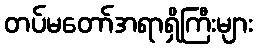
တပ်မတော်အရာရှိကြီးများ